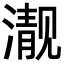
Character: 𪷍